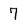
Character: 7